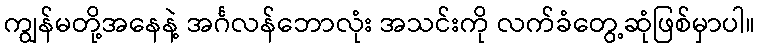
ကျွန်မတို့အနေနဲ့ အင်္ဂလန်ဘောလုံး အသင်းကို လက်ခံတွေ့ဆုံဖြစ်မှာပါ။